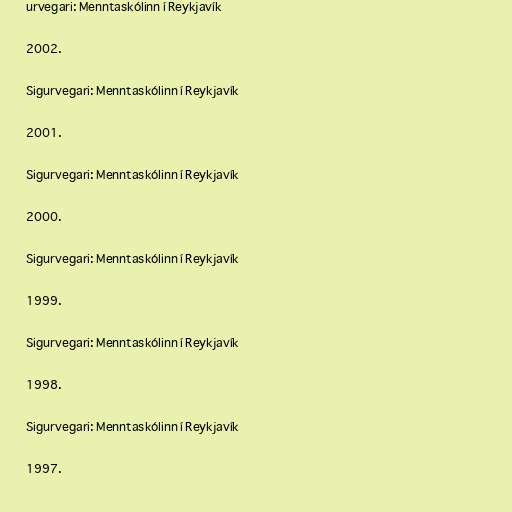
urvegari: Menntaskólinn í Reykjavík

2002.

Sigurvegari: Menntaskólinn í Reykjavík

2001.

Sigurvegari: Menntaskólinn í Reykjavík

2000.

Sigurvegari: Menntaskólinn í Reykjavík

1999.

Sigurvegari: Menntaskólinn í Reykjavík

1998.

Sigurvegari: Menntaskólinn í Reykjavík

1997.